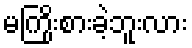
မကြိုးစားခဲ့ဘူးလား